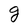
Character: g